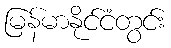
မြန်မာနိုင်ငံတွင်း